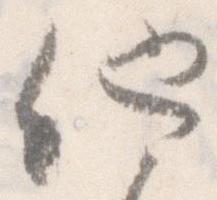
他